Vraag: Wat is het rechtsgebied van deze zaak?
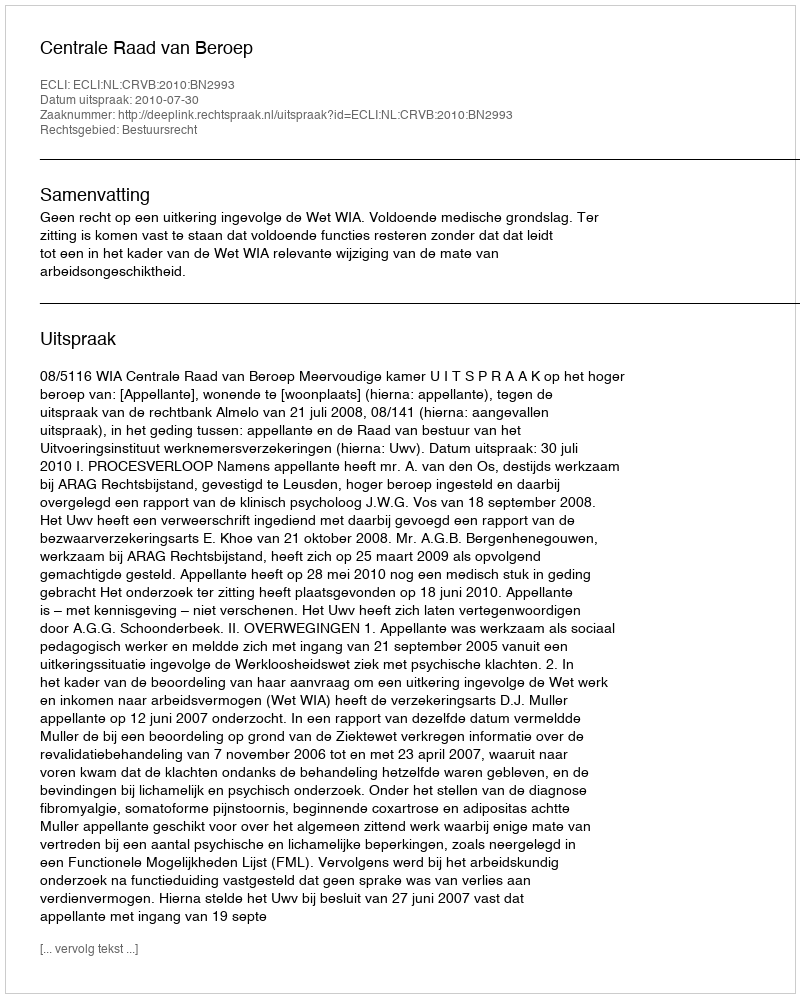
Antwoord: Bestuursrecht